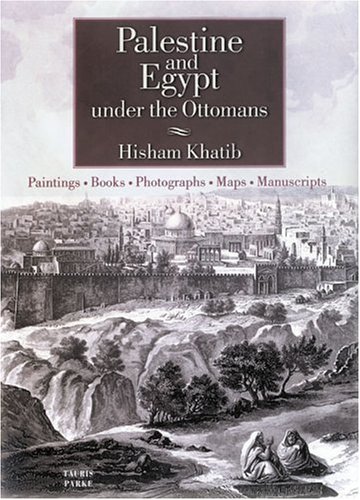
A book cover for Palestine and Egypt Under the Ottomans: Paintings, Books, Photographs, Maps and Manuscripts; Hisham Khatib; Travel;